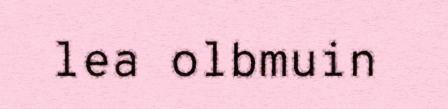
lea olbmuin